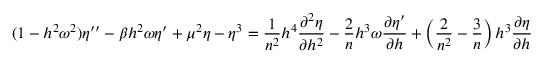
( 1 - h ^ { 2 } \omega ^ { 2 } ) \eta ^ { \prime \prime } - \beta h ^ { 2 } \omega \eta ^ { \prime } + \mu ^ { 2 } \eta - \eta ^ { 3 } = \frac { 1 } { n ^ { 2 } } h ^ { 4 } { \frac { \partial ^ { 2 } \eta } { \partial h ^ { 2 } } } - \frac { 2 } { n } h ^ { 3 } \omega { \frac { \partial \eta ^ { \prime } } { \partial h } } + \left( \frac { 2 } { n ^ { 2 } } - \frac { 3 } { n } \right) h ^ { 3 } { \frac { \partial \eta } { \partial h } }